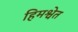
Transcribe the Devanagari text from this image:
हिमश्वेत